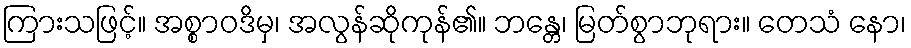
ကြားသဖြင့်။ အစ္စာဝဒိမှ၊ အလွန်ဆိုကုန်၏။ ဘန္တေ၊ မြတ်စွာဘုရား။ တေသံ နော၊